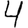
Digit: 4